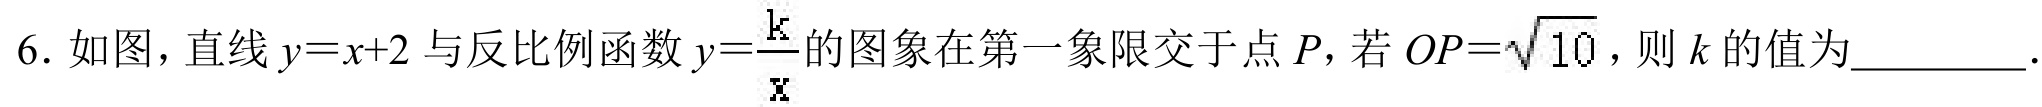
6. 如图，直线\(y = x + 2\)与反比例函数\(y=\frac{k}{x}\)的图象在第一象限交于点\(P\)，若\(OP = \sqrt{10}\)，则\(k\)的值为_________.